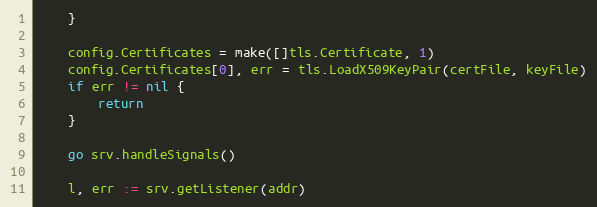
Language: Go
	}

	config.Certificates = make([]tls.Certificate, 1)
	config.Certificates[0], err = tls.LoadX509KeyPair(certFile, keyFile)
	if err != nil {
		return
	}

	go srv.handleSignals()

	l, err := srv.getListener(addr)